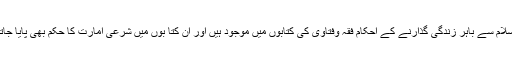
دارالاسلام سے باہر زندگی گذارنے کے احکام فقہ وفتاوی کی کتابوں میں موجود ہیں اور ان کتا بوں میں شرعی امارت کا حکم بھی پایا جاتا ہے ۔